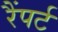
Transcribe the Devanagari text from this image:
रैंपर्ट